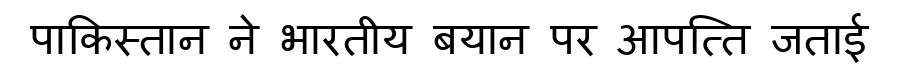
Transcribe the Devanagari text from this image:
पाकिस्तान ने भारतीय बयान पर आपत्ति जताई